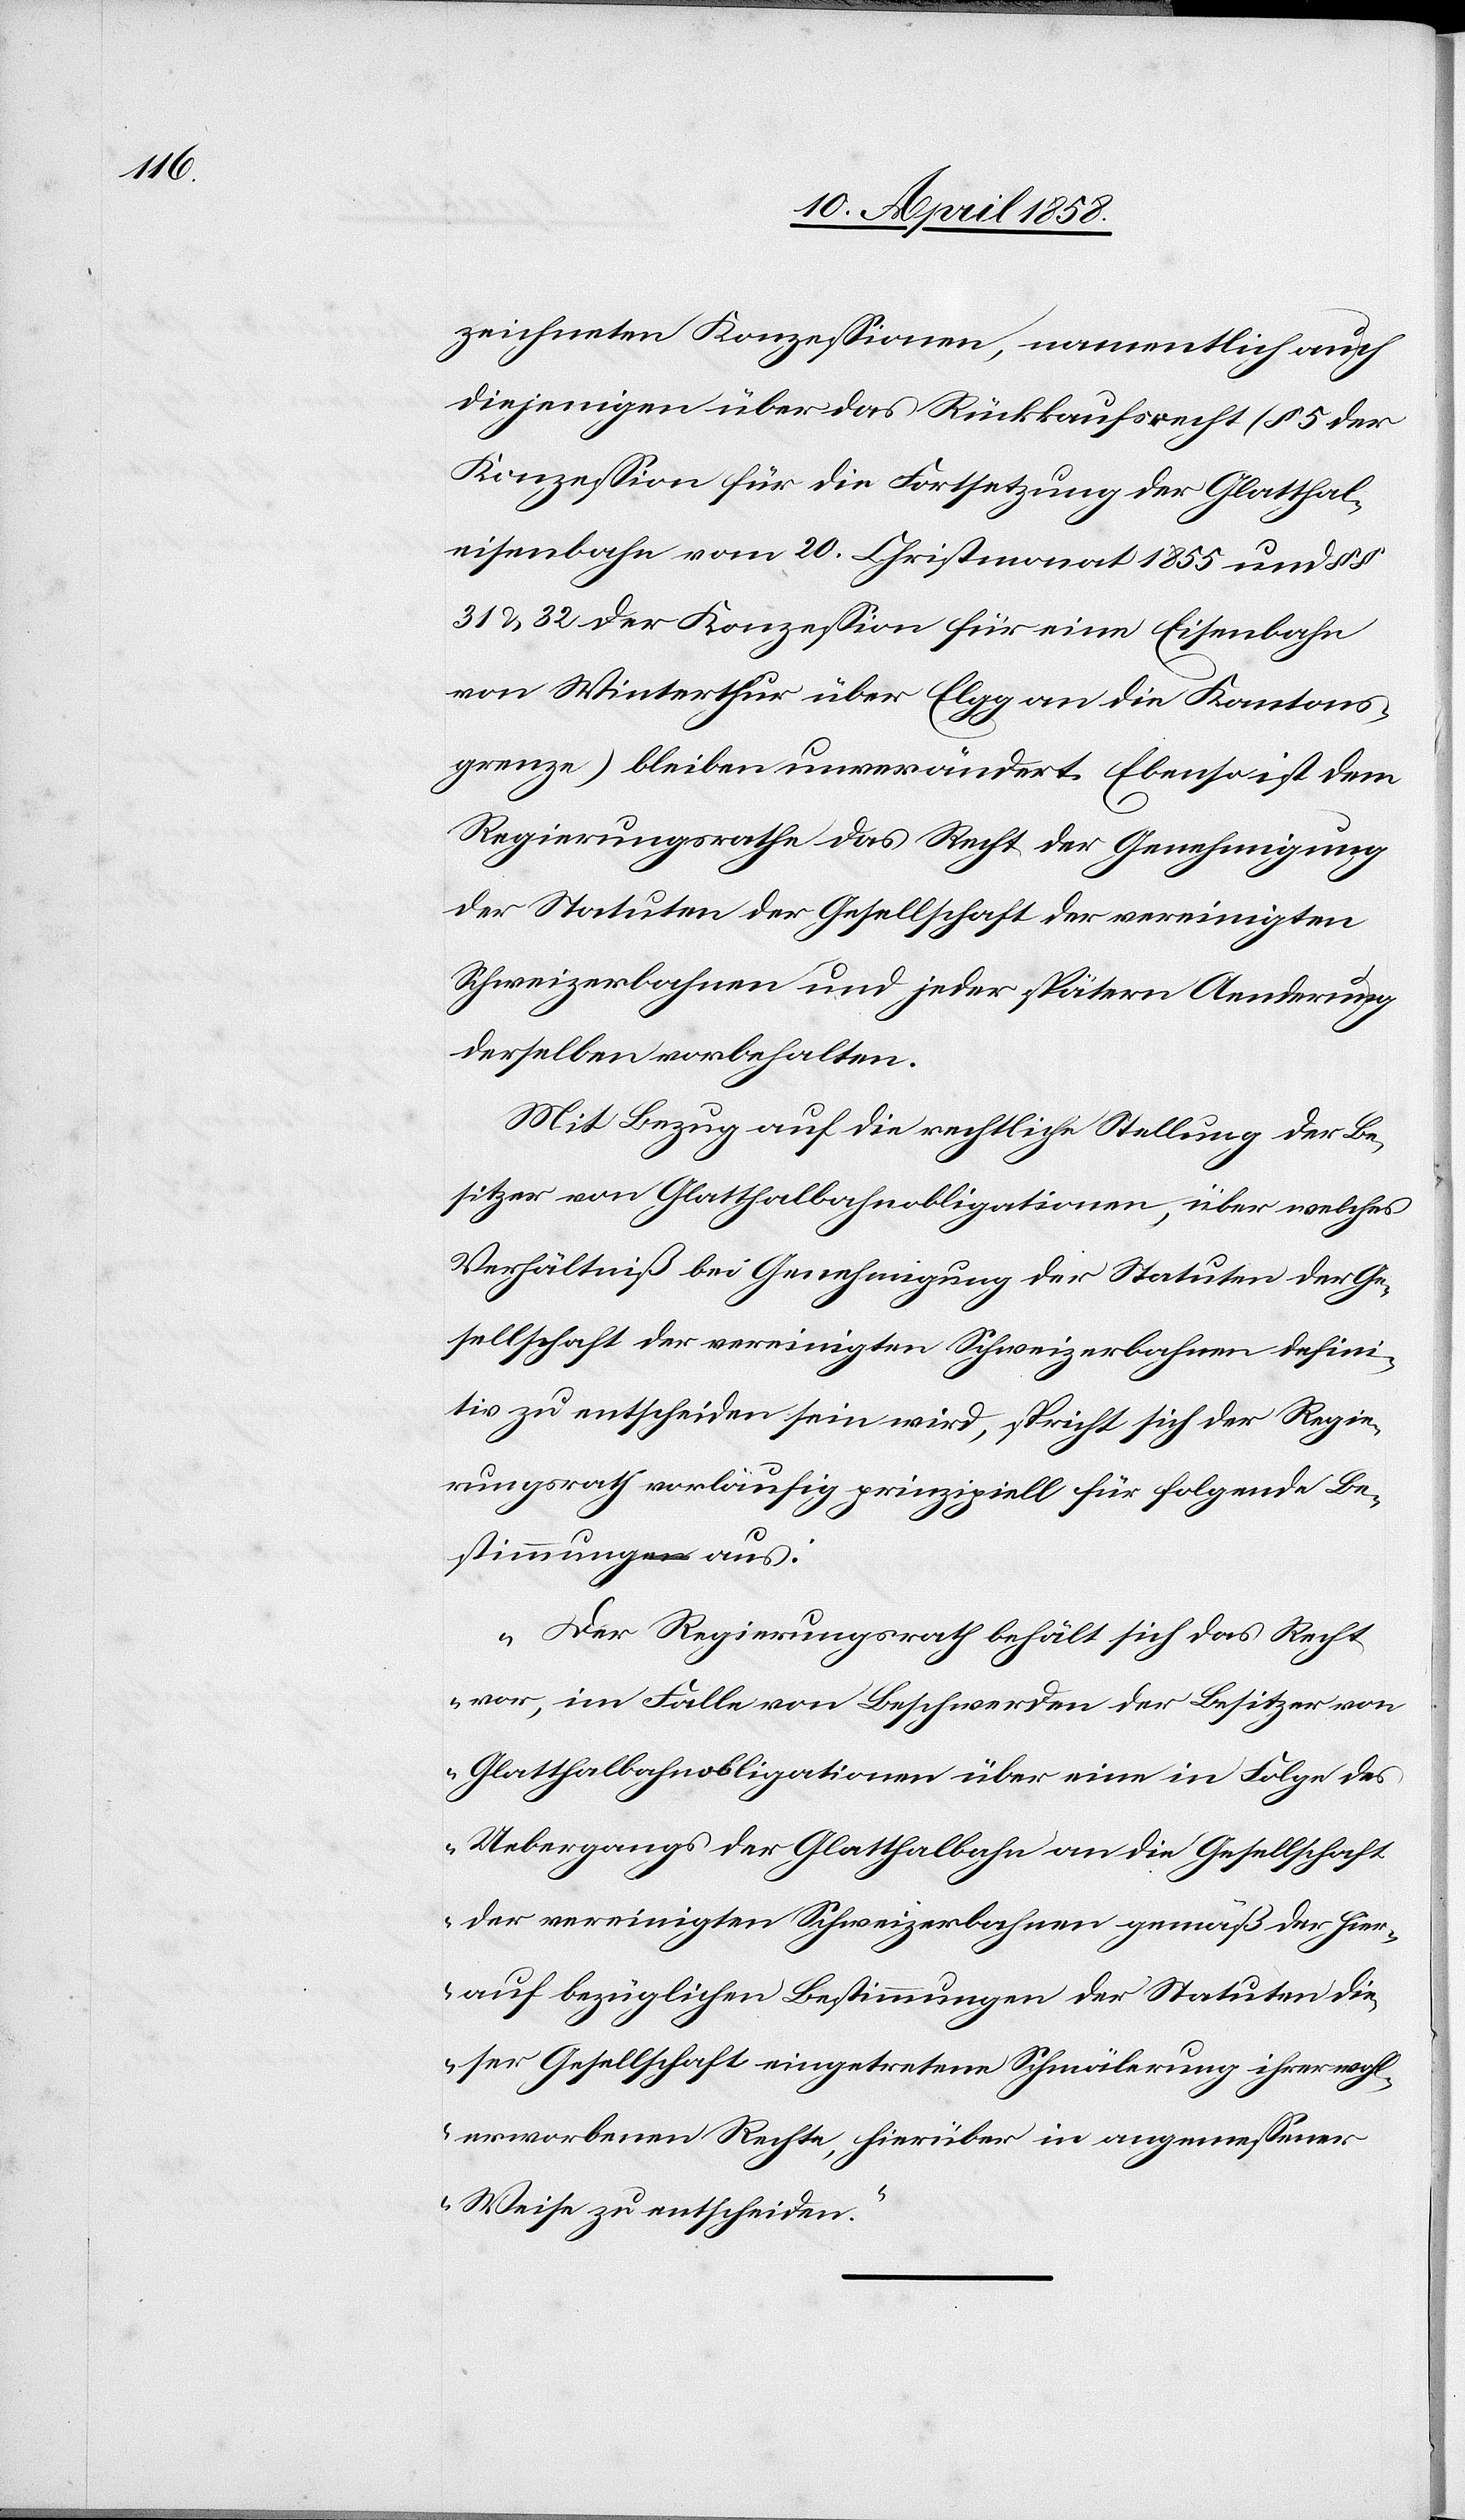
zeichneten Konzessionen, namentlich auch
diejenigen über das Rückkaufsrecht (§ 5 der
Konzession für die Fortsetzung der Glatthal¬
eisenbahn vom 20. Christmonat 1855 und §§
31 & 32 der Konzession für eine Eisenbahn
von Winterthur über Elgg an die Kantons¬
grenze) bleiben unverändert. Ebenso ist dem
Regierungsrathe das Recht der Genehmigung
der Statuten der Gesellschaft der vereinigten
Schweizerbahnen und jeder spätern Androhung
derselben vorbehalten.
Mit Bezug auf die rechtliche Stellung der Be¬
sitzer von Glatthalbahnobligationen, über welches
Verhältniß bei Genehmigung der Statuten der Ge¬
sellschaft der vereinigten Schweizerbahnen defini¬
tiv zu entscheiden sein wird, spricht sich der Regie¬
rungsrath vorläufig prinzipiell für folgende Be¬
stimmung aus:
„Der Regierungsrath behält sich das Recht
vor, im Falle von Beschwerden der Besitzer von
Glatthalbahnobligationen über eine in Folge des
Uebergangs der Glatthalbahn an die Gesellschaft
der vereinigten Schweizerbahnen gemäß der hier¬
auf bezüglichen Bestimmungen der Statuten die¬
ser Gesellschaft eingetretene Schmälerung ihrer wohl¬
erworbenen Rechte, hierüber in angemessener
Weise zu entscheiden.“